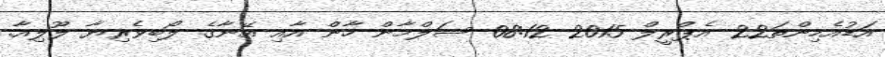
އަޑުއެހިންތަ22 އެޕްރީލް 2015 08:12 ސަލްމާން ހާން އާއި އޭނާގެ ލޯބިވެރިޔާ ލޫލިއާ.